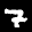
Label: 7